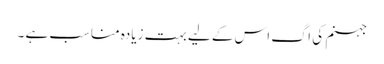
جہنم کی اگ اس کے لیے بہت زیادہ مناسب ہے ۔